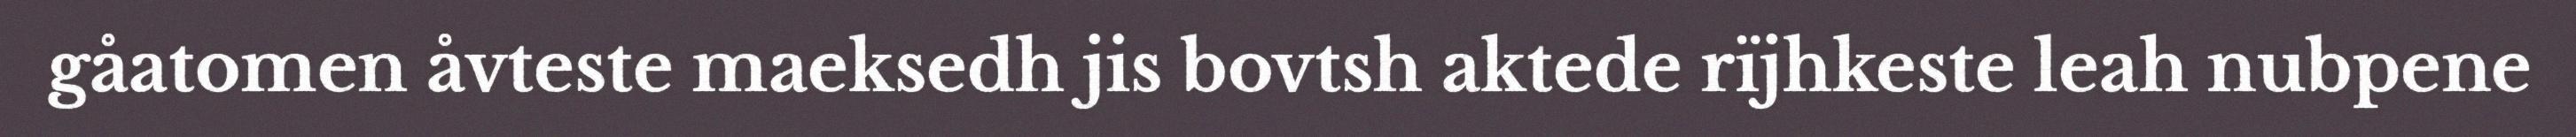
gåatomen åvteste maeksedh jis bovtsh aktede rïjhkeste leah nubpene